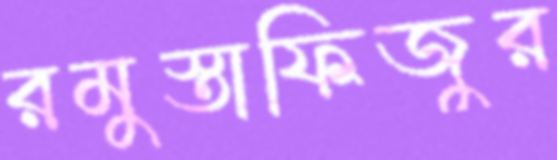
রমুস্তাফিজুর